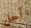
أجل